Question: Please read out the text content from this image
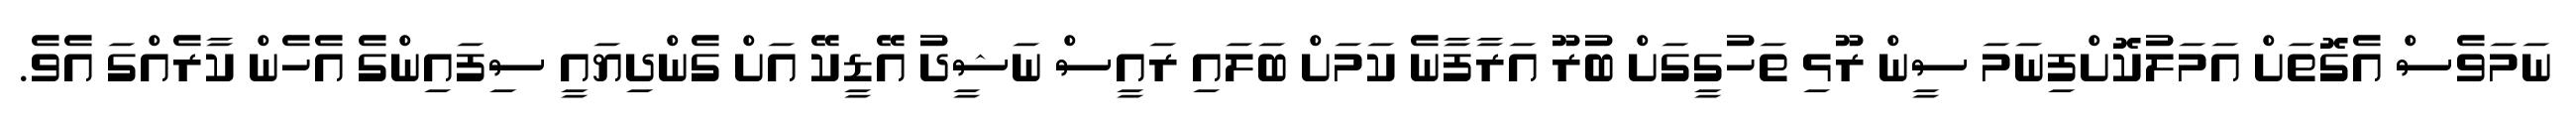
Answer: ނަމަވެސް އެގޮތަށް އަމަލުކޮށްފިނަމަ ސީން ރޫޅި ތަހުގީގަށް ބުރޫ އަރާފާނެ ކަމަށް ބަލައި ރައީސް ނަޝީދު އޭޑީކޭ އަށް ގެންދިޔައީ ސިފައިންގެ އެހެން ކާރެއްގަ އެވެ.